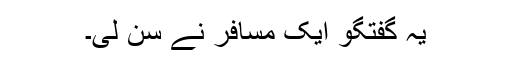
یہ گفتگو ایک مسافر نے سن لی۔